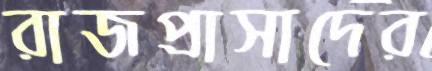
রাজপ্রাসাদের